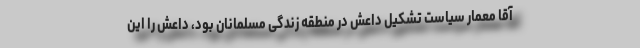
آقا معمار سیاست تشکیل داعش در منطقه زندگی مسلمانان بود، داعش را این